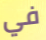
في